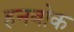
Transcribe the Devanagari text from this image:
हनबोक